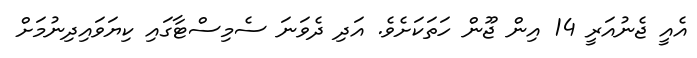
އެއީ ޖެނުއަރީ 14 އިން ޖޫން ހަތަކަށެވެ. އަދި ދެވަނަ ސެމިސްޓާގައި ކިޔަވައިދިނުމަށް